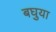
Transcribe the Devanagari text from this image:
बघुया